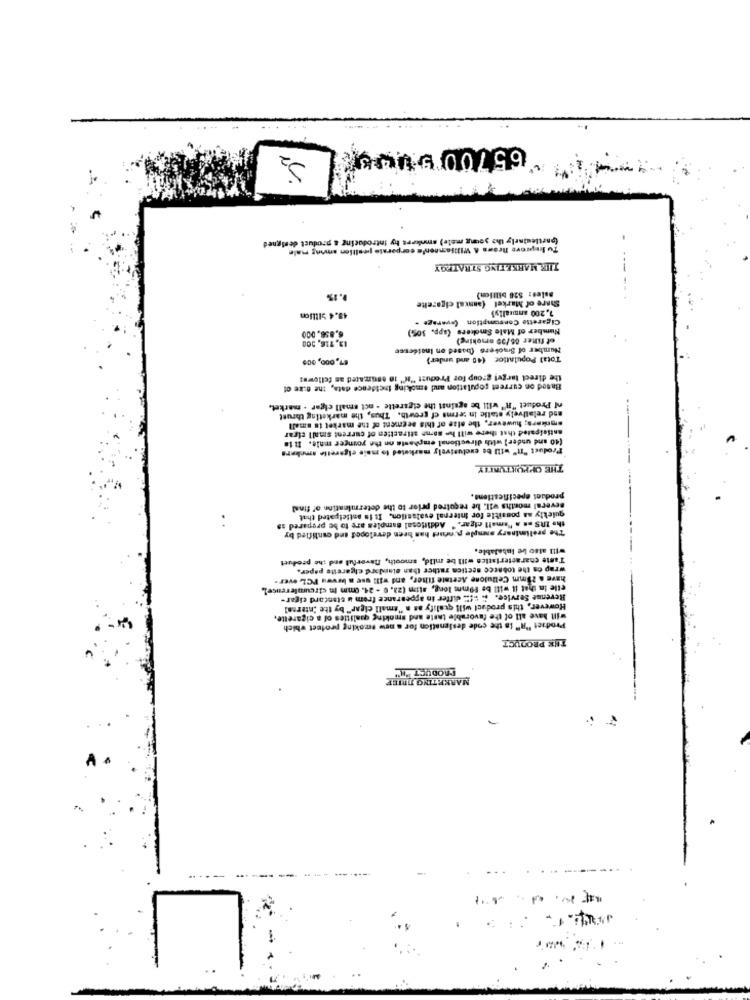
"65700 BUDE
S2
-
(partlesinely the young male) amokert hy introducing a product designed
Tu leprove Brows A Williamnnen'a corporate pallien aning male
-
THE MARKETING STRATEGY
0.1%
Bales: 526 billion)
Share of Market (aanval cigarette
7,200 anmealiyi
43.4 Sillion
Cigarette Consumption (average -
Number of Male Smokers (app. 50%)
6.858.000
of filter 85/99 smoking)
13, 716, 200
Number of Smackers (based on Insidesse
87,000, 005
Total Population (40 and under)
the direct target group for Predust "K" 10 estimated as follows:
Based on current population and smoking Incidence data, the B.ke of
of Product "R" will be against the cigarette . nct small cigar . market,
and relatively stalle in terms cf growth. Thus, the marketing thrust
smokers; however, the size of this peement of the market in small
anticipated that there will he some attractien of current small cigar
(10 and under) with directional emphasis on the younger male. Iiia
Product "It" will be exclusively marketed to male elgarelle amokers
THE OPPORTUNITY
product specifications.
several months wil. be required prior to the determination of find
quickly as possible for internal evalsstion. It is anticipated that
. .
the InS on a "small cigar. " Additional samples are to be prepared ss
The preliminary sample product has been developed and cantified by
will also be inbelable.
Taste characteristics will be mild, smooth, naverful and the product
wrap os the tobacco nectica rather than elnidard cigarette paper.
have a 25mm Cellulone Acetate fther, and will use a barwww PCL ever-
elle in that it will be Fomos long, atim (23. 0 - 24. 0mm In circumference).
Revenue Service. i. "I" differ in appearance frem u standard cigar-
However, this product will qualify as a "small cigar" by the "nteren!
will have all of the favorable taste and smoking qualities of a cigarette.
Product "R" to the code designation for a new smoking profeet which
THE PRODUCT
MARKETING DRIEE